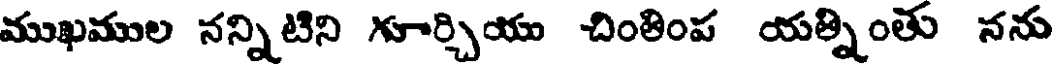
ముఖముల నన్నిటిని గూర్చియు చింతింప యత్నింతు నను